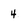
Character: 4